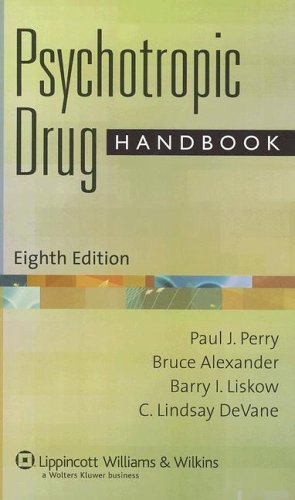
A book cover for Psychotropic Drug Handbook; Paul J. Perry PhD  FCCP  BCPP; Medical Books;